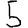
Digit: 5